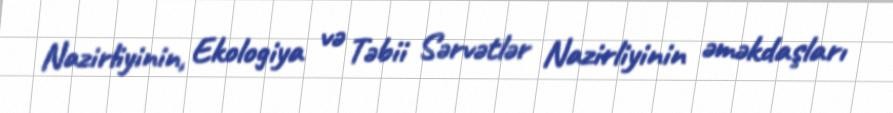
Nazirliyinin, Ekologiya və Təbii Sərvətlər Nazirliyinin əməkdaşları